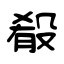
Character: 殽